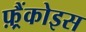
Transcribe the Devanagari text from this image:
फ़्रैंकोइस